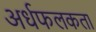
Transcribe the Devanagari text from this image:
अर्धफलकता